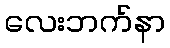
လေးဘက်နာ